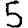
Digit: 5